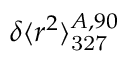
\delta \langle r ^ { 2 } \rangle _ { \mathrm { 3 2 7 } } ^ { A , 9 0 }